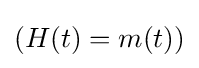
(H(t)=m(t))